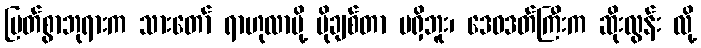
မြတ်စွာဘုရားက သားတော် ရာဟုလာမို့ ပိုချစ်တာ မရှိဘူး၊ ဒေဝဒတ်ကြီးက ဆိုးလွန်း လို့